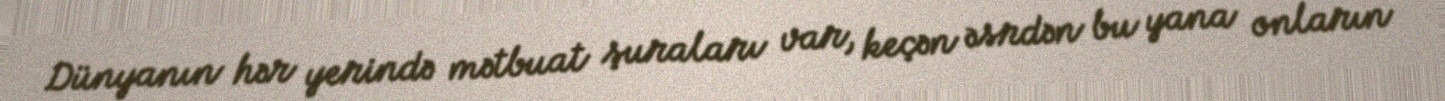
Dünyanın hər yerində mətbuat şuraları var, keçən əsrdən bu yana onların